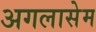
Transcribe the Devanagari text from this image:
अगलासेम